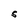
Character: S